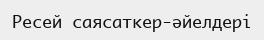
Ресей саясаткер-әйелдері